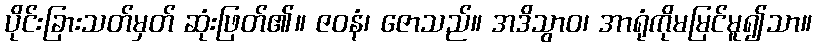
ပိုင်းခြားသတ်မှတ် ဆုံးဖြတ်၏။ ဇဝနံ၊ ဇောသည်။ အဒိသွာဝ၊ အာရုံကိုမမြင်မူ၍သာ။